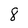
Character: 8